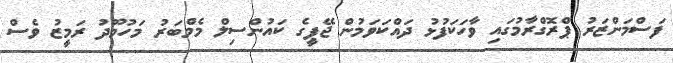
ފަސްމަންޒަރު ޕްރޮގްރާމުގައި ވާހަކަފުޅު ދައްކަވަމުން ޖޭޕީގެ ކައުންސިލް މެމްބަރު މަހުމޫދު ރަމީޒު ވެސް